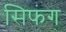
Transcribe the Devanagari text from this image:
सिफंग